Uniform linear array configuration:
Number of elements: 4
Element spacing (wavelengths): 0.25
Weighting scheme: hamming
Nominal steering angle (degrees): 60
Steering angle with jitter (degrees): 61.097
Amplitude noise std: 0.05
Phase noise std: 0.05

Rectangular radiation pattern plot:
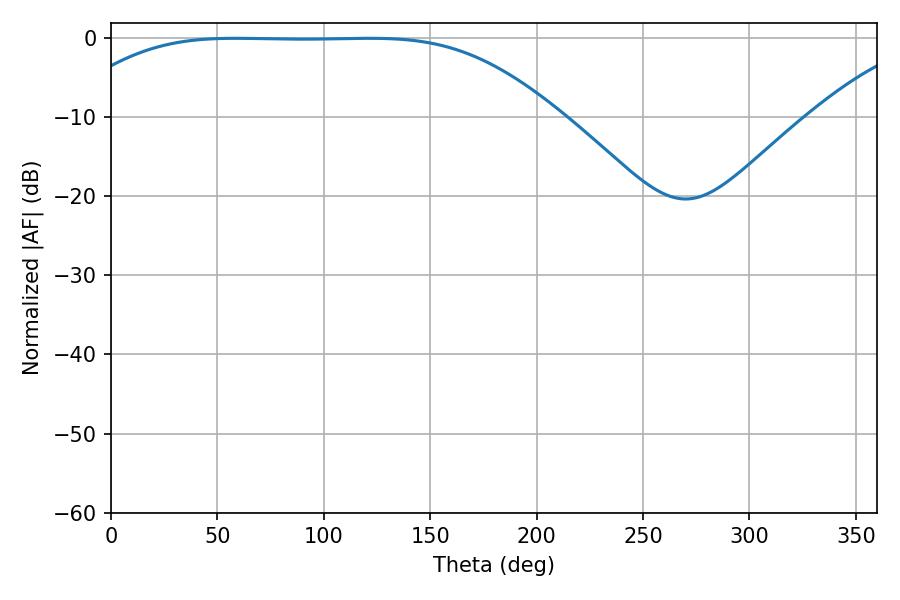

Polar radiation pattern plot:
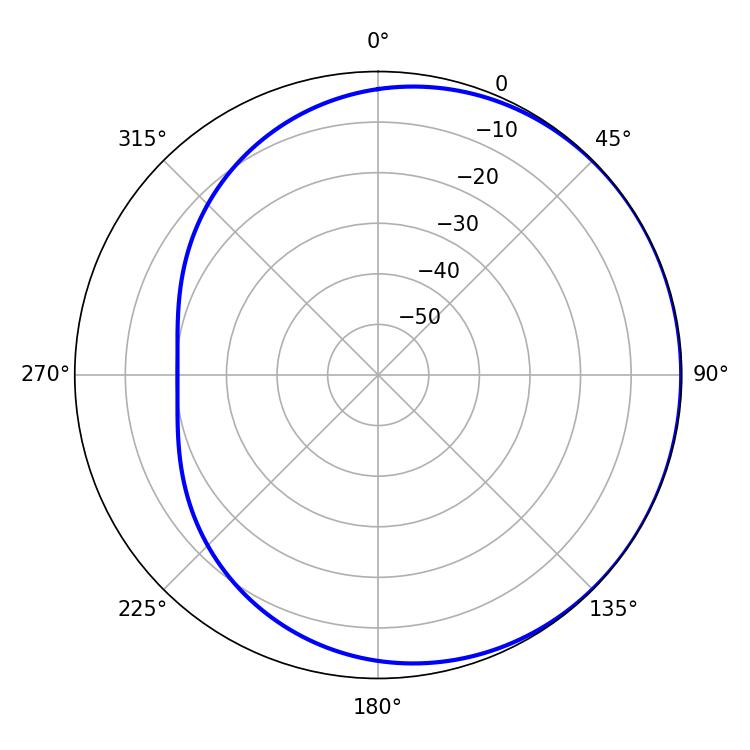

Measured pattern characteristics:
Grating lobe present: FALSE
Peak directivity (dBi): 0.5076
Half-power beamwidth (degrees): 173.16
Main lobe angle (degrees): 58.5